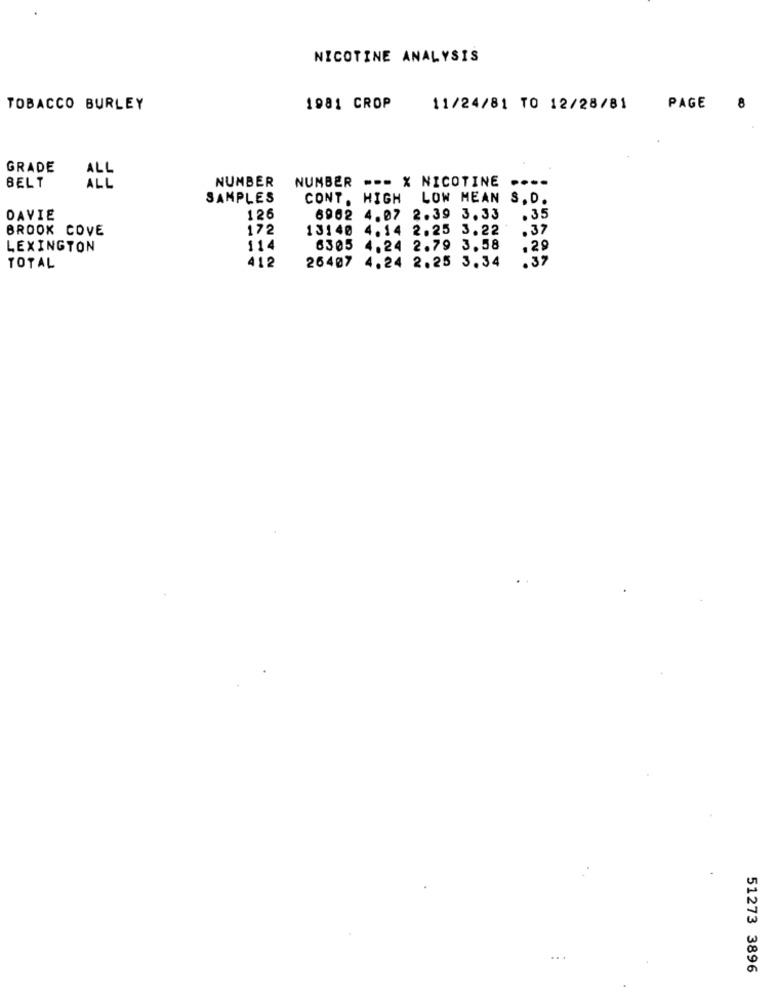
NICOTINE ANALYSIS
TOBACCO BURLEY
1981 CROP
11/24/81 TO 12/28/81
PAGE
8
GRADE
BELT
NUMBER
NUMBER --- X NICOTINE
....
ALL
SAMPLES
CONT. HIGH LOW MEAN
S.D.
DAVIE
126
6962 4.07 2.39 3.33
.35
BROOK COVE
172
13140
4.14 2.25 3.22
.37
LEXINGTON
114
6305 4.24 2.79 3.58
.29
.37
TOTAL
412
26407
4.24 2.25 3.34
.. .
51273 3896